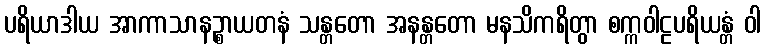
ပရိယာဒါယ အာကာသာနဉ္စာယတနံ သန္တတော အနန္တတော မနသိကရိတွာ စက္ကဝါဠပရိယန္တံ ဝါ